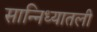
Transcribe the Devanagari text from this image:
सान्निध्यातली